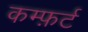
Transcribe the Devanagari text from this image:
कम्फ़र्ट